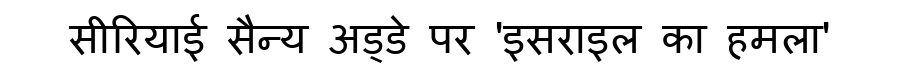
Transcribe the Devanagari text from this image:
सीरियाई सैन्य अड्डे पर 'इसराइल का हमला'